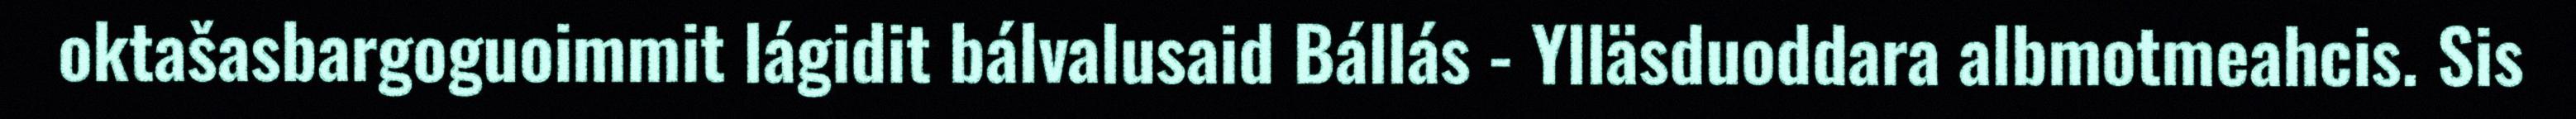
oktašasbargoguoimmit lágidit bálvalusaid Bállás - Ylläsduoddara albmotmeahcis. Sis